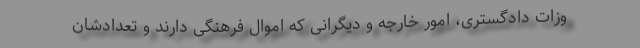
وزات دادگستری، امور خارجه و دیگرانی که اموال فرهنگی دارند و تعدادشان